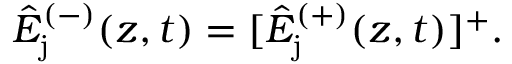
\hat { E } _ { \mathrm { j } } ^ { ( - ) } ( z , t ) = [ \hat { E } _ { \mathrm { j } } ^ { ( + ) } ( z , t ) ] ^ { + } .